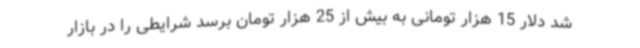
شد دلار 15 هزار تومانی به بیش از 25 هزار تومان برسد شرایطی را در بازار